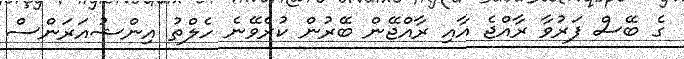
ގެ ބޭސް ފަރުވާ ރާއްޖެ އާއި ރާއްޖޭން ބޭރުން ކުރެވޭނެ ހެލްތު އިންޝުއަރަންސް